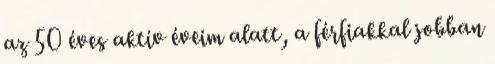
az 50 éves aktív éveim alatt, a férfiakkal jobban